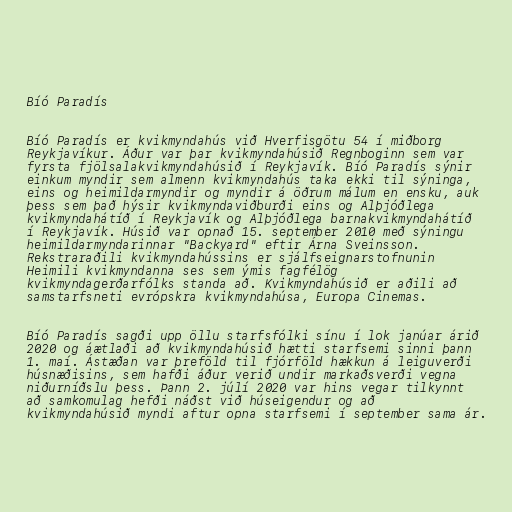
Bíó Paradís

Bíó Paradís er kvikmyndahús við Hverfisgötu 54 í miðborg
Reykjavíkur. Áður var þar kvikmyndahúsið Regnboginn sem var
fyrsta fjölsalakvikmyndahúsið í Reykjavík. Bíó Paradís sýnir
einkum myndir sem almenn kvikmyndahús taka ekki til sýninga,
eins og heimildarmyndir og myndir á öðrum málum en ensku, auk
þess sem það hýsir kvikmyndaviðburði eins og Alþjóðlega
kvikmyndahátíð í Reykjavík og Alþjóðlega barnakvikmyndahátíð
í Reykjavík. Húsið var opnað 15. september 2010 með sýningu
heimildarmyndarinnar "Backyard" eftir Árna Sveinsson.
Rekstraraðili kvikmyndahússins er sjálfseignarstofnunin
Heimili kvikmyndanna ses sem ýmis fagfélög
kvikmyndagerðarfólks standa að. Kvikmyndahúsið er aðili að
samstarfsneti evrópskra kvikmyndahúsa, Europa Cinemas.

Bíó Paradís sagði upp öllu starfsfólki sínu í lok janúar árið
2020 og áætlaði að kvikmyndahúsið hætti starfsemi sinni þann
1. maí. Ástæðan var þreföld til fjórföld hækkun á leiguverði
húsnæðisins, sem hafði áður verið undir markaðsverði vegna
niðurníðslu þess. Þann 2. júlí 2020 var hins vegar tilkynnt
að samkomulag hefði náðst við húseigendur og að
kvikmyndahúsið myndi aftur opna starfsemi í september sama ár.